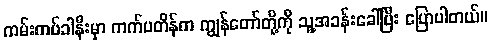
ကမ်းကပ်ခါနီးမှာ ကက်ပတိန်က ကျွန်တော်တို့ကို သူ့အခန်းခေါ်ပြီး ပြောပါတယ်။